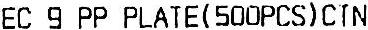
EC 9 PP PLATE (500PCS) CTN